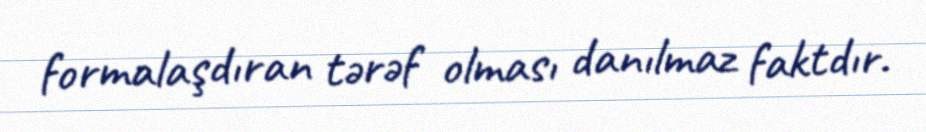
formalaşdıran tərəf olması danılmaz faktdır.